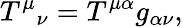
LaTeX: T^{\mu}{}_{\nu}=T^{\mu\alpha}g_{\alpha\nu},